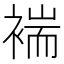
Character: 褍